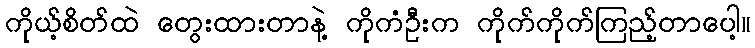
ကိုယ့်စိတ်ထဲ တွေးထားတာနဲ့ ကိုကံဦးက ကိုက်ကိုက်ကြည့်တာပေါ့။